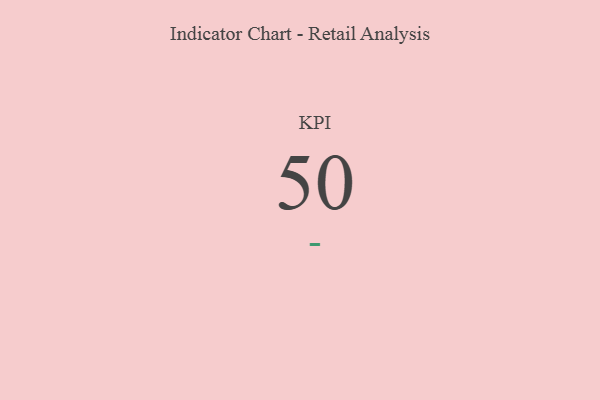
{"axis": {"x": "KPI", "y": "Value"}, "legend": [""], "data": [{"x": "KPI", "y": 50, "type": ""}]}